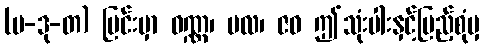
(ပ-ဒု-တ) မြင်းမှာ ဝဏ္ဏ၊ ဗလ၊ ဇဝ ဤသုံးပါးနှင့်ပြည့်စုံမှ